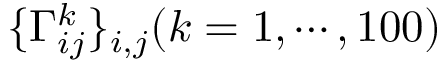
\{ \Gamma _ { i j } ^ { k } \} _ { i , j } ( k = 1 , \cdots , 1 0 0 )